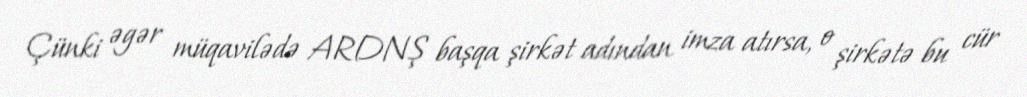
Çünki əgər müqavilədə ARDNŞ başqa şirkət adından imza atırsa, o şirkətə bu cür